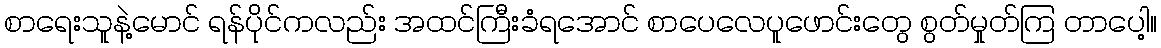
စာရေးသူနဲ့မောင် ရန်ပိုင်ကလည်း အထင်ကြီးခံရအောင် စာပေလေပူဖောင်းတွေ စွတ်မှုတ်ကြ တာပေါ့။